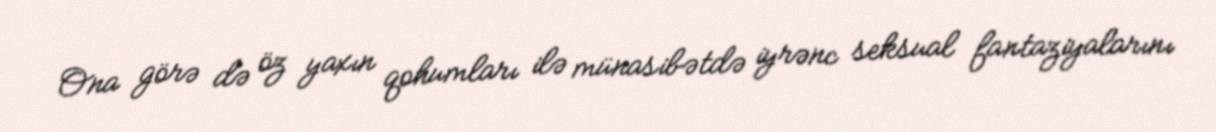
Ona görə də öz yaxın qohumları ilə münasibətdə iyrənc seksual fantaziyalarını